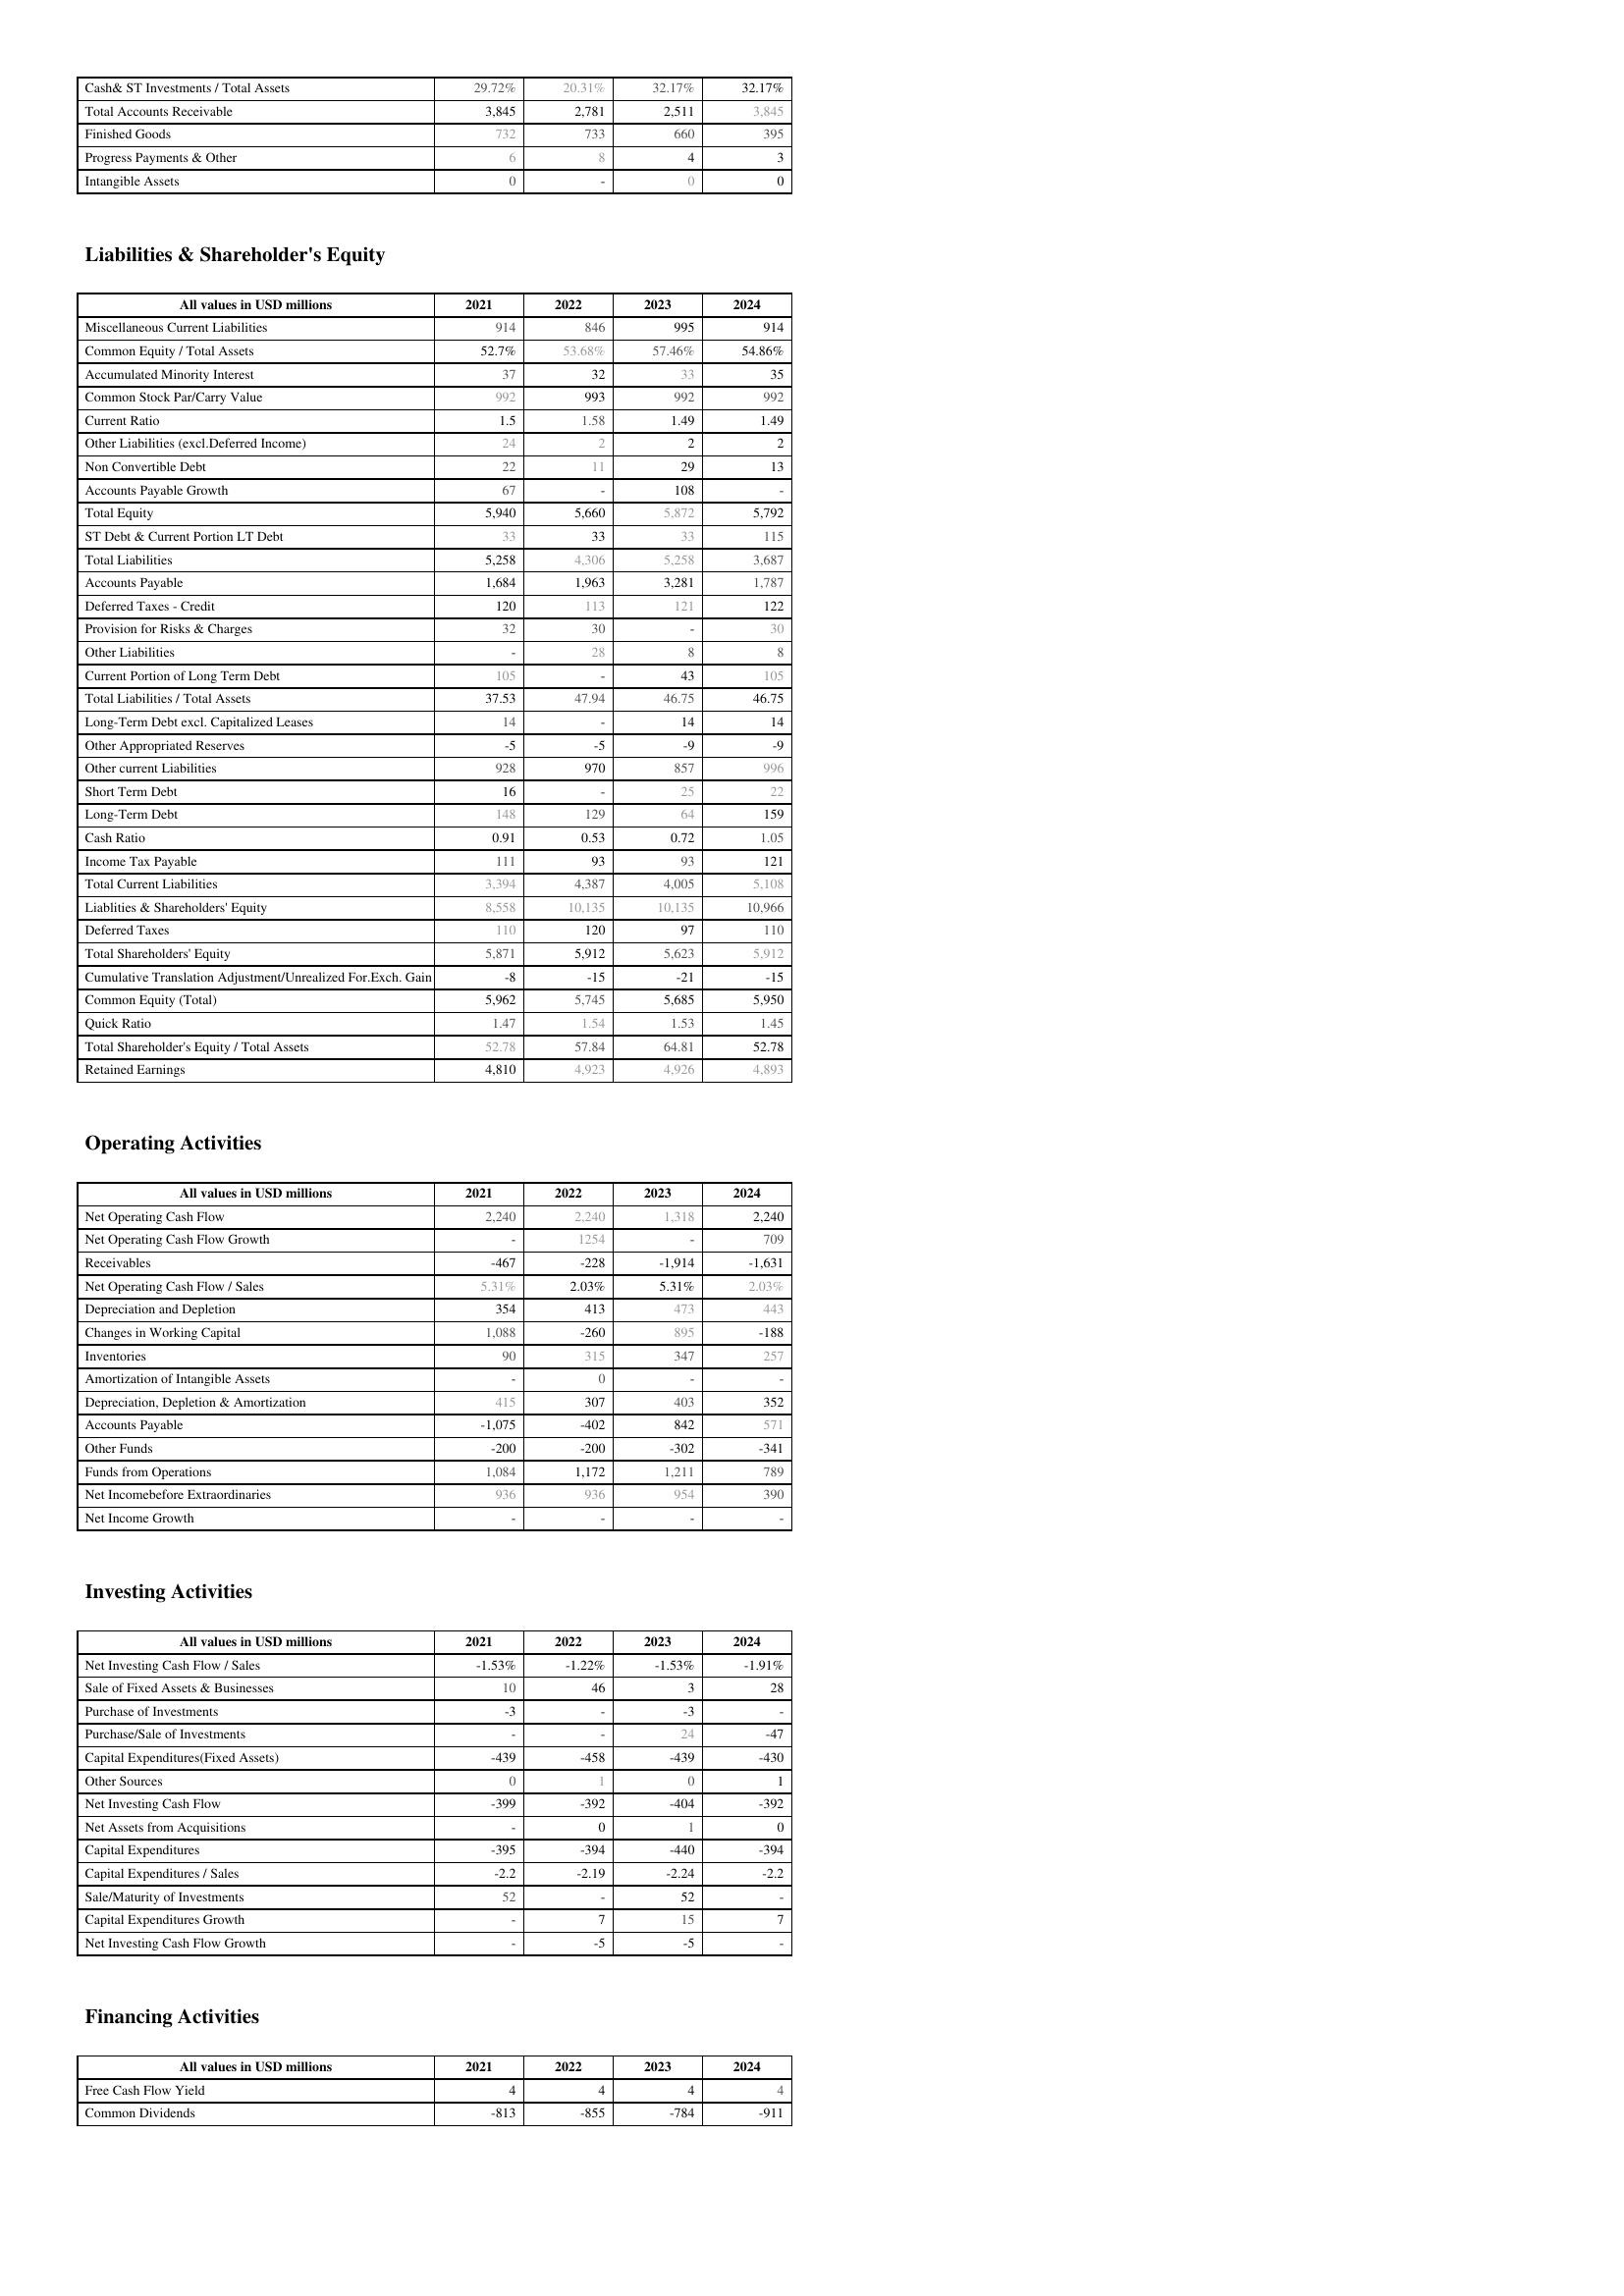
2021: Assets: Cash& ST Investments / Total Assets: 29.72%
Total Accounts Receivable: 3,845
Finished Goods: 732
Progress Payments & Other: 6
Intangible Assets: 0
Liabilities & Shareholder's Equity: Miscellaneous Current Liabilities: 914
Common Equity / Total Assets: 52.7%
Accumulated Minority Interest: 37
Common Stock Par/Carry Value: 992
Current Ratio: 1.5
Other Liabilities (excl.Deferred Income): 24
Non Convertible Debt: 22
Accounts Payable Growth: 67
Total Equity: 5,940
ST Debt & Current Portion LT Debt: 33
Total Liabilities: 5,258
Accounts Payable: 1,684
Deferred Taxes - Credit: 120
Provision for Risks & Charges: 32
Other Liabilities: -
Current Portion of Long Term Debt: 105
Total Liabilities / Total Assets: 37.53
Long-Term Debt excl. Capitalized Leases: 14
Other Appropriated Reserves: -5
Other current Liabilities: 928
Short Term Debt: 16
Long-Term Debt: 148
Cash Ratio: 0.91
Income Tax Payable: 111
Total Current Liabilities: 3,394
Liablities & Shareholders' Equity: 8,558
Deferred Taxes: 110
Total Shareholders' Equity: 5,871
Cumulative Translation Adjustment/Unrealized For.Exch. Gain: -8
Common Equity (Total): 5,962
Quick Ratio: 1.47
Total Shareholder's Equity / Total Assets: 52.78
Retained Earnings: 4,810
Operating Activities: Net Operating Cash Flow: 2,240
Net Operating Cash Flow Growth: -
Receivables: -467
Net Operating Cash Flow / Sales: 5.31%
Depreciation and Depletion: 354
Changes in Working Capital: 1,088
Inventories: 90
Amortization of Intangible Assets: -
Depreciation, Depletion & Amortization: 415
Accounts Payable: -1,075
Other Funds: -200
Funds from Operations: 1,084
Net Incomebefore Extraordinaries: 936
Net Income Growth: -
Investing Activities: Net Investing Cash Flow / Sales: -1.53%
Sale of Fixed Assets & Businesses: 10
Purchase of Investments: -3
Purchase/Sale of Investments: -
Capital Expenditures(Fixed Assets): -439
Other Sources: 0
Net Investing Cash Flow: -399
Net Assets from Acquisitions: -
Capital Expenditures: -395
Capital Expenditures / Sales: -2.2
Sale/Maturity of Investments: 52
Capital Expenditures Growth: -
Net Investing Cash Flow Growth: -
Financing Activities: Free Cash Flow Yield: 4
Common Dividends: -813
2022: Assets: Cash& ST Investments / Total Assets: 20.31%
Total Accounts Receivable: 2,781
Finished Goods: 733
Progress Payments & Other: 8
Intangible Assets: -
Liabilities & Shareholder's Equity: Miscellaneous Current Liabilities: 846
Common Equity / Total Assets: 53.68%
Accumulated Minority Interest: 32
Common Stock Par/Carry Value: 993
Current Ratio: 1.58
Other Liabilities (excl.Deferred Income): 2
Non Convertible Debt: 11
Accounts Payable Growth: -
Total Equity: 5,660
ST Debt & Current Portion LT Debt: 33
Total Liabilities: 4,306
Accounts Payable: 1,963
Deferred Taxes - Credit: 113
Provision for Risks & Charges: 30
Other Liabilities: 28
Current Portion of Long Term Debt: -
Total Liabilities / Total Assets: 47.94
Long-Term Debt excl. Capitalized Leases: -
Other Appropriated Reserves: -5
Other current Liabilities: 970
Short Term Debt: -
Long-Term Debt: 129
Cash Ratio: 0.53
Income Tax Payable: 93
Total Current Liabilities: 4,387
Liablities & Shareholders' Equity: 10,135
Deferred Taxes: 120
Total Shareholders' Equity: 5,912
Cumulative Translation Adjustment/Unrealized For.Exch. Gain: -15
Common Equity (Total): 5,745
Quick Ratio: 1.54
Total Shareholder's Equity / Total Assets: 57.84
Retained Earnings: 4,923
Operating Activities: Net Operating Cash Flow: 2,240
Net Operating Cash Flow Growth: 1254
Receivables: -228
Net Operating Cash Flow / Sales: 2.03%
Depreciation and Depletion: 413
Changes in Working Capital: -260
Inventories: 315
Amortization of Intangible Assets: 0
Depreciation, Depletion & Amortization: 307
Accounts Payable: -402
Other Funds: -200
Funds from Operations: 1,172
Net Incomebefore Extraordinaries: 936
Net Income Growth: -
Investing Activities: Net Investing Cash Flow / Sales: -1.22%
Sale of Fixed Assets & Businesses: 46
Purchase of Investments: -
Purchase/Sale of Investments: -
Capital Expenditures(Fixed Assets): -458
Other Sources: 1
Net Investing Cash Flow: -392
Net Assets from Acquisitions: 0
Capital Expenditures: -394
Capital Expenditures / Sales: -2.19
Sale/Maturity of Investments: -
Capital Expenditures Growth: 7
Net Investing Cash Flow Growth: -5
Financing Activities: Free Cash Flow Yield: 4
Common Dividends: -855
2023: Assets: Cash& ST Investments / Total Assets: 32.17%
Total Accounts Receivable: 2,511
Finished Goods: 660
Progress Payments & Other: 4
Intangible Assets: 0
Liabilities & Shareholder's Equity: Miscellaneous Current Liabilities: 995
Common Equity / Total Assets: 57.46%
Accumulated Minority Interest: 33
Common Stock Par/Carry Value: 992
Current Ratio: 1.49
Other Liabilities (excl.Deferred Income): 2
Non Convertible Debt: 29
Accounts Payable Growth: 108
Total Equity: 5,872
ST Debt & Current Portion LT Debt: 33
Total Liabilities: 5,258
Accounts Payable: 3,281
Deferred Taxes - Credit: 121
Provision for Risks & Charges: -
Other Liabilities: 8
Current Portion of Long Term Debt: 43
Total Liabilities / Total Assets: 46.75
Long-Term Debt excl. Capitalized Leases: 14
Other Appropriated Reserves: -9
Other current Liabilities: 857
Short Term Debt: 25
Long-Term Debt: 64
Cash Ratio: 0.72
Income Tax Payable: 93
Total Current Liabilities: 4,005
Liablities & Shareholders' Equity: 10,135
Deferred Taxes: 97
Total Shareholders' Equity: 5,623
Cumulative Translation Adjustment/Unrealized For.Exch. Gain: -21
Common Equity (Total): 5,685
Quick Ratio: 1.53
Total Shareholder's Equity / Total Assets: 64.81
Retained Earnings: 4,926
Operating Activities: Net Operating Cash Flow: 1,318
Net Operating Cash Flow Growth: -
Receivables: -1,914
Net Operating Cash Flow / Sales: 5.31%
Depreciation and Depletion: 473
Changes in Working Capital: 895
Inventories: 347
Amortization of Intangible Assets: -
Depreciation, Depletion & Amortization: 403
Accounts Payable: 842
Other Funds: -302
Funds from Operations: 1,211
Net Incomebefore Extraordinaries: 954
Net Income Growth: -
Investing Activities: Net Investing Cash Flow / Sales: -1.53%
Sale of Fixed Assets & Businesses: 3
Purchase of Investments: -3
Purchase/Sale of Investments: 24
Capital Expenditures(Fixed Assets): -439
Other Sources: 0
Net Investing Cash Flow: -404
Net Assets from Acquisitions: 1
Capital Expenditures: -440
Capital Expenditures / Sales: -2.24
Sale/Maturity of Investments: 52
Capital Expenditures Growth: 15
Net Investing Cash Flow Growth: -5
Financing Activities: Free Cash Flow Yield: 4
Common Dividends: -784
2024: Assets: Cash& ST Investments / Total Assets: 32.17%
Total Accounts Receivable: 3,845
Finished Goods: 395
Progress Payments & Other: 3
Intangible Assets: 0
Liabilities & Shareholder's Equity: Miscellaneous Current Liabilities: 914
Common Equity / Total Assets: 54.86%
Accumulated Minority Interest: 35
Common Stock Par/Carry Value: 992
Current Ratio: 1.49
Other Liabilities (excl.Deferred Income): 2
Non Convertible Debt: 13
Accounts Payable Growth: -
Total Equity: 5,792
ST Debt & Current Portion LT Debt: 115
Total Liabilities: 3,687
Accounts Payable: 1,787
Deferred Taxes - Credit: 122
Provision for Risks & Charges: 30
Other Liabilities: 8
Current Portion of Long Term Debt: 105
Total Liabilities / Total Assets: 46.75
Long-Term Debt excl. Capitalized Leases: 14
Other Appropriated Reserves: -9
Other current Liabilities: 996
Short Term Debt: 22
Long-Term Debt: 159
Cash Ratio: 1.05
Income Tax Payable: 121
Total Current Liabilities: 5,108
Liablities & Shareholders' Equity: 10,966
Deferred Taxes: 110
Total Shareholders' Equity: 5,912
Cumulative Translation Adjustment/Unrealized For.Exch. Gain: -15
Common Equity (Total): 5,950
Quick Ratio: 1.45
Total Shareholder's Equity / Total Assets: 52.78
Retained Earnings: 4,893
Operating Activities: Net Operating Cash Flow: 2,240
Net Operating Cash Flow Growth: 709
Receivables: -1,631
Net Operating Cash Flow / Sales: 2.03%
Depreciation and Depletion: 443
Changes in Working Capital: -188
Inventories: 257
Amortization of Intangible Assets: -
Depreciation, Depletion & Amortization: 352
Accounts Payable: 571
Other Funds: -341
Funds from Operations: 789
Net Incomebefore Extraordinaries: 390
Net Income Growth: -
Investing Activities: Net Investing Cash Flow / Sales: -1.91%
Sale of Fixed Assets & Businesses: 28
Purchase of Investments: -
Purchase/Sale of Investments: -47
Capital Expenditures(Fixed Assets): -430
Other Sources: 1
Net Investing Cash Flow: -392
Net Assets from Acquisitions: 0
Capital Expenditures: -394
Capital Expenditures / Sales: -2.2
Sale/Maturity of Investments: -
Capital Expenditures Growth: 7
Net Investing Cash Flow Growth: -
Financing Activities: Free Cash Flow Yield: 4
Common Dividends: -911